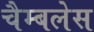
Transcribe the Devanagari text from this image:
चैम्बलेस